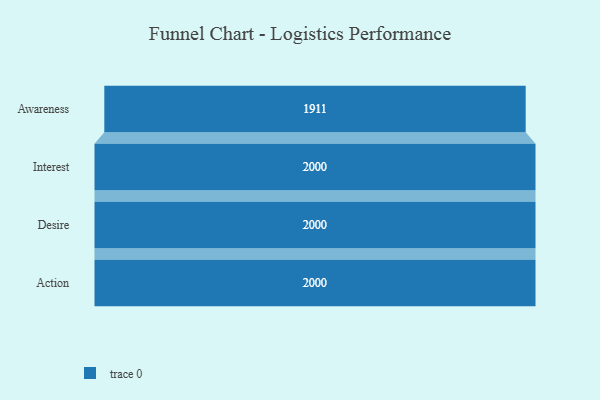
{"axis": {"x": "Stage", "y": "Value"}, "legend": [""], "data": [{"x": "Awareness", "y": 1911.0, "type": ""}, {"x": "Interest", "y": 2000, "type": ""}, {"x": "Desire", "y": 2000, "type": ""}, {"x": "Action", "y": 2000, "type": ""}]}